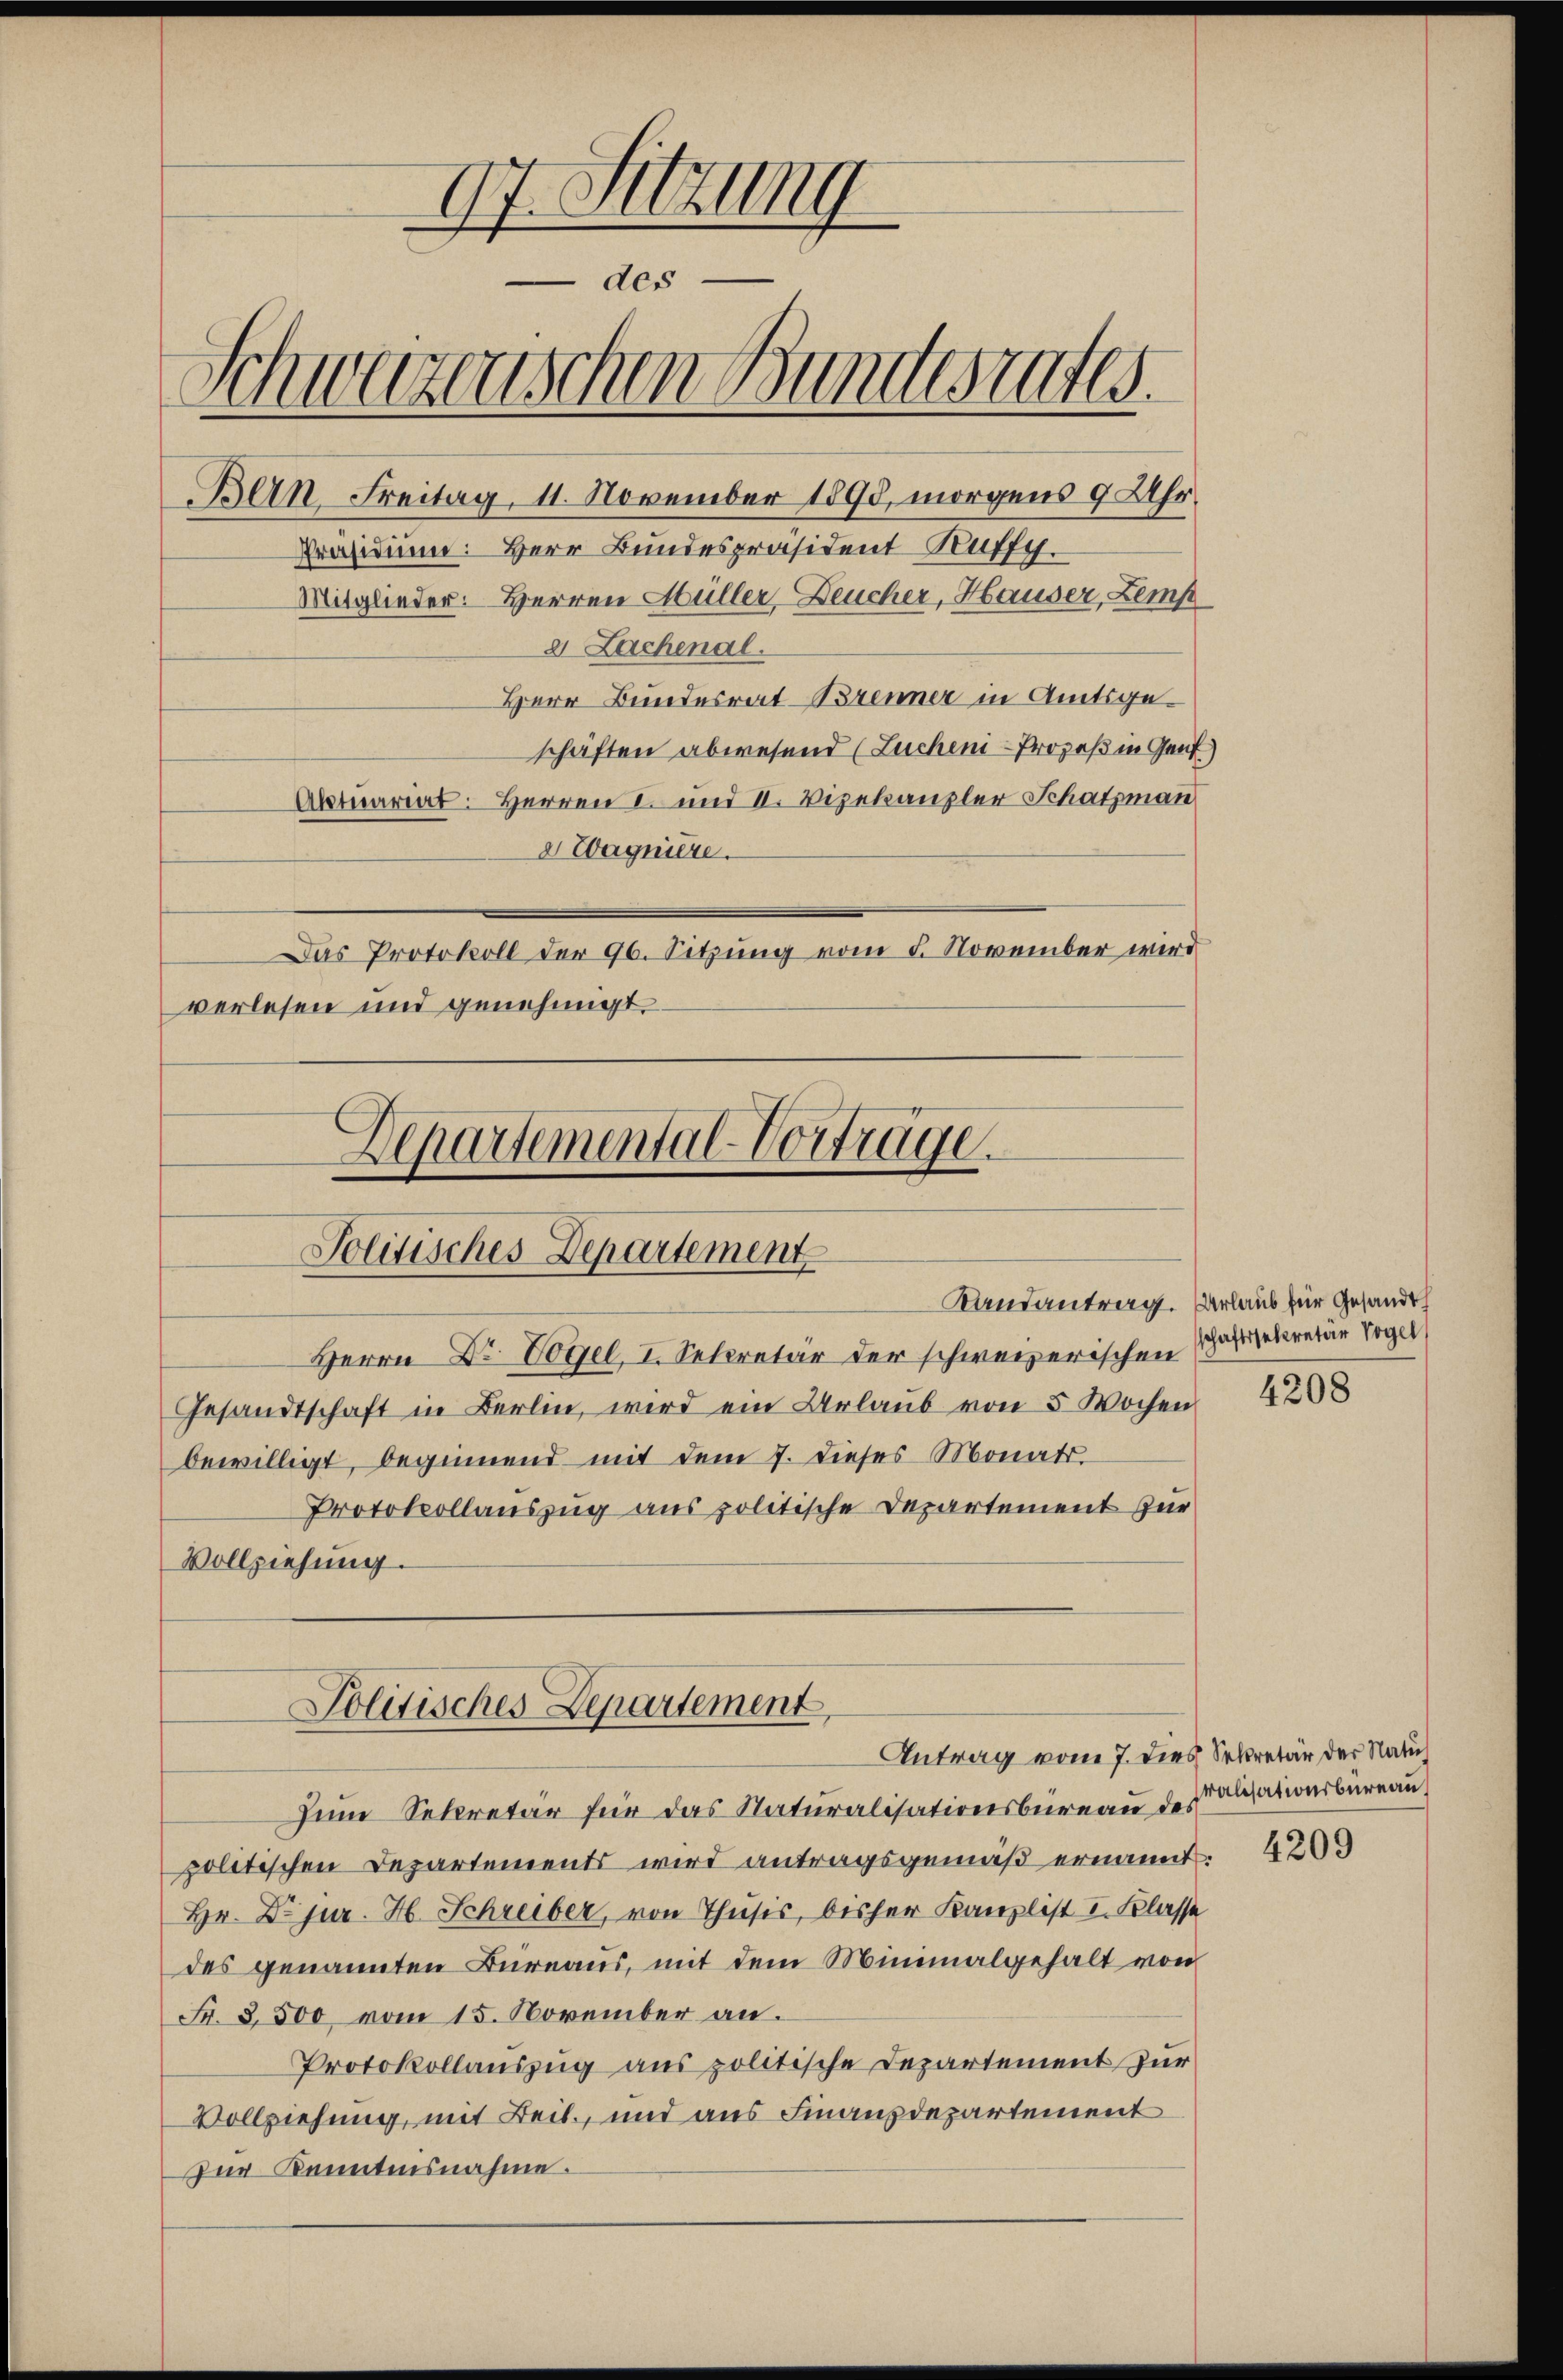
97. Sitzung
 des
Schwarenschen Bundesrates.
Bein Freitag, 11. November 1890, morgens 9 Uhr.
Präsidium. Herr Bundespräsident Kuffy.
Mitglieder: Herren Hüller, Deucher, Hauser, Zemp
2 Lachenal.
Herr Bundesrat Brenner in Amtsgeschäften abwesend (Luchen-Prozeß in Genf)
Aktuariat. Herren I. und II. Vizekanzler Schatzmann
2 Wagniere.
Das Protokoll der 96. Sitzung vom 5. November wird
verlesen und genehmigt.

Departemental-Vorträge.

Herrn Dr. Vogel, I. Secretär der schweizerischen
Gesandtschaft in Berlin, wird ein Urlaŭb von 5 Wochen
bewilligt, beginnend mit dem 7. dieses Monats.
Protokollauszug aus politische Departement zur
Vollziehung.

Politisches Departement

Politisches Departement,
Antrag vom 7. dies Sekretär der Natu

Randantrag. Urlaub für Gesandt

seine Sekretär für das Naturalisationsbüreau des relationsbüreau
politischen Departements wird antragsgemäβ ernannt:
Hr. Dr jur. H. Schreiber, von Thusis, bisher Kanzlist I. Klasse
des genannten Bureaus, mit dem Minimalgehalt von
Fr. 3500 vom 15. November an.
Protokollauszug aus politische Departement zur
Vollziehung, mit Beil, und aus Finanzdepartement
Zur Kenntensnahme.

schaftssekretär Vogel
4208

4209